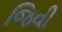
જિવી